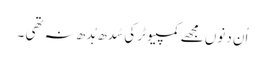
اُن دنوں مجھے کمپیوٹر کی سُدھ بُدھ نہ تھی ۔